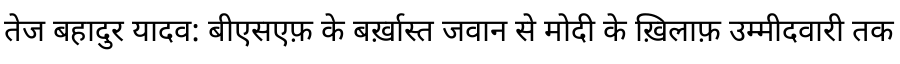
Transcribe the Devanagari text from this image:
तेज बहादुर यादव: बीएसएफ़ के बर्ख़ास्त जवान से मोदी के ख़िलाफ़ उम्मीदवारी तक